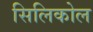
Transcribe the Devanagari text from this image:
सिलिकोल